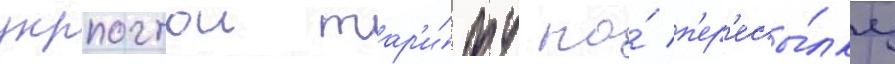
укрпочтои тар'и́фу на́ п'ер'есы́лку